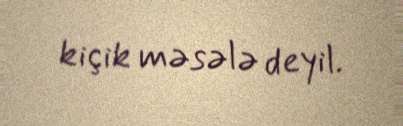
kiçik məsələ deyil.